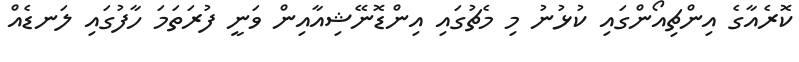
ކޮރެއާގެ އިންޗިއޯންގައި ކުޅުނު މި މެޗުގައި އިންޑޮނޭޝިއާއިން ވަނީ ފުރަތަމަ ހާފުގައި ލަނޑެއް